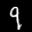
Label: 9